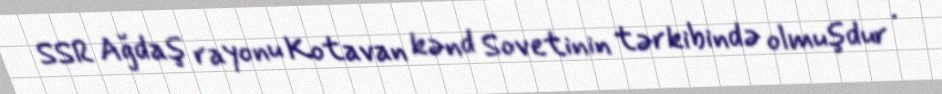
SSR Ağdaş rayonu Kotavan kənd Sovetinin tərkibində olmuşdur .